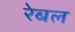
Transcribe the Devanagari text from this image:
रेबल